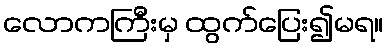
လောကကြီးမှ ထွက်ပြေး၍မရ။